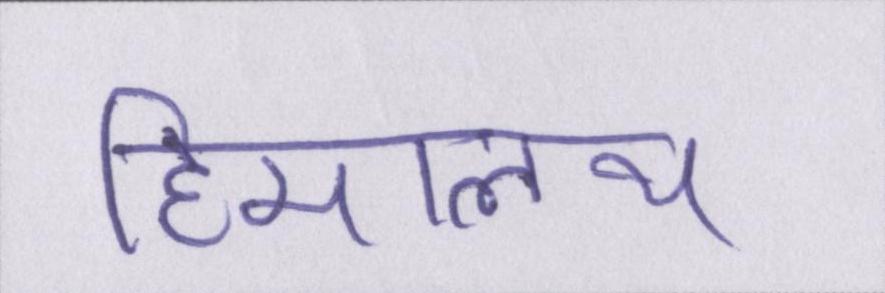
हिमालय